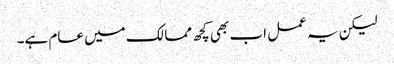
لیکن یہ عمل اب بھی کچھ ممالک میں عام ہے۔